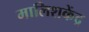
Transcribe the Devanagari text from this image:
मालिशकेंद्र